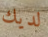
لديك